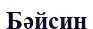
Бәйсин